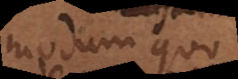
modum, quo